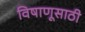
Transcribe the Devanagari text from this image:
विषाणूसाठी